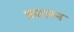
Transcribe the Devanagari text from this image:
कटलन